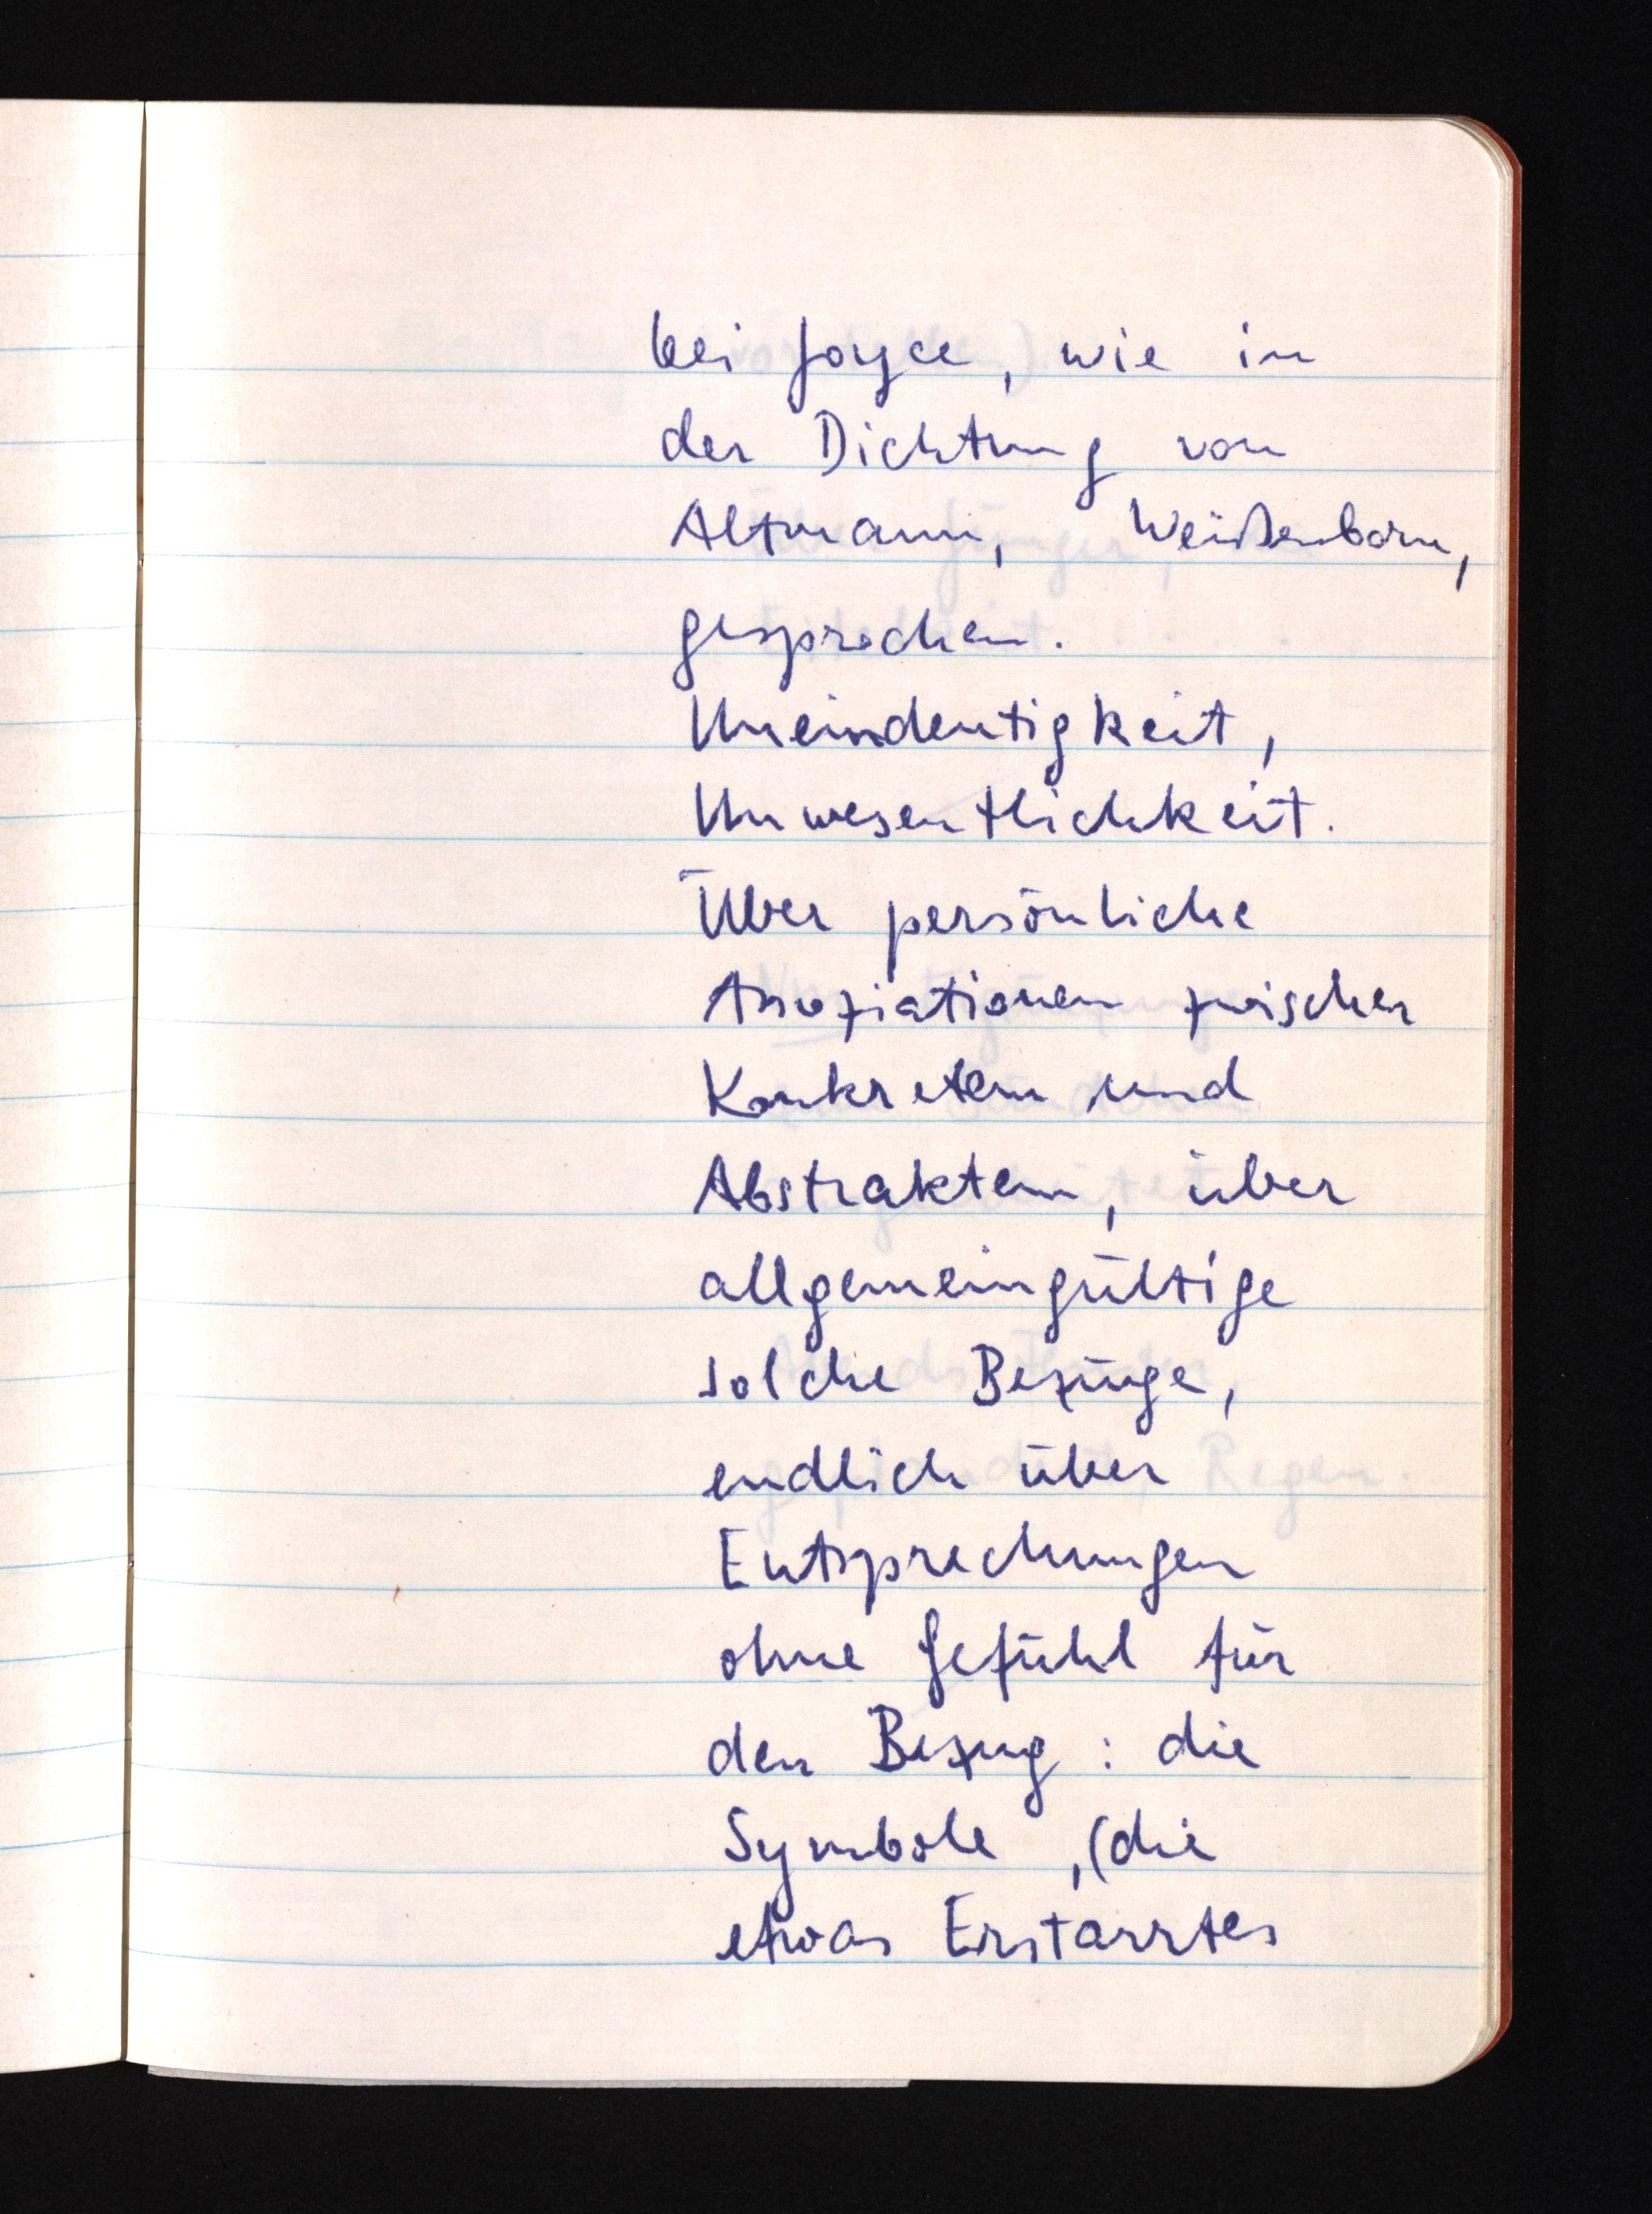
bei Joyce, wie in
der Dichtung von
Altmann, Weißenborn,
gesprochen.
Uneindeutigkeit,
Unwesentlichkeit.
Über persönliche
Assoziationen zwischen
Konkretem und
Abstraktem, über
allgemeingültige
solche Bezüge,
endlich über
Entsprechungen
ohne Gefühl für
den Bezug: die
Symbole, (die
etwas Erstarrtes